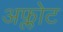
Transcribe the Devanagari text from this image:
अफ्लोट